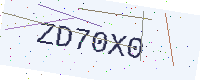
Text: ZD70X0